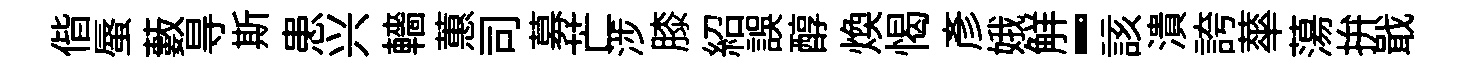
偕蜃藪㝵斯患兴轖蕙司募芒涉膝紹誤醇焕愒彦娥觧-該潰誇蕐蕩拚戢